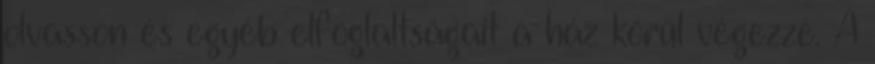
olvasson és egyéb elfoglaltságait a ház körül végezze. A